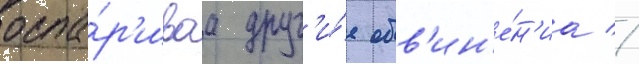
оспа́р'иваа друг'и́е обв'ин'е́н'иа //